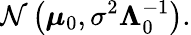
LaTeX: {\mathcal{N}}\left({\boldsymbol{\mu}}_{0},\sigma^{2}\mathbf{\Lambda}_{0}^{-1}\right).